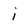
Character: j